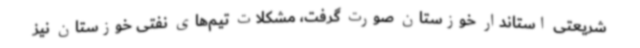
شریعتی استاندار خوزستان صورت گرفت، مشکلات تیم‌های نفتی خوزستان نیز